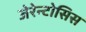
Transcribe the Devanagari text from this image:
जेरेन्टोसिस